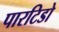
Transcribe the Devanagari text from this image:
पारटिडो